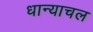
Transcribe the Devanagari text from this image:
धान्याचल